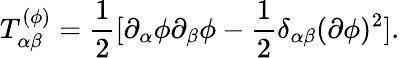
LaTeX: T_{\alpha\beta}^{(\phi)}={\frac{1}{2}}[\partial_{\alpha}\phi\partial_{\beta}\phi-{\frac{1}{2}}\delta_{\alpha\beta}(\partial\phi)^{2}].